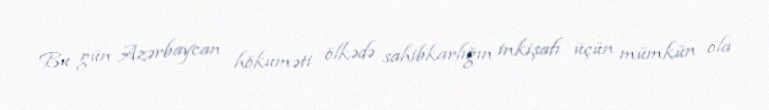
Bu gün Azərbaycan hökuməti ölkədə sahibkarlığın inkişafı üçün mümkün ola